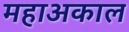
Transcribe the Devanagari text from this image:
महाअकाल